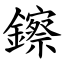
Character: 鑔